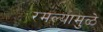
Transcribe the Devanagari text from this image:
रमल्यामुळे